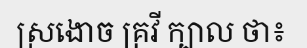
ស្រងោច គ្រវី ក្បាល ថា៖